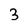
Character: 3